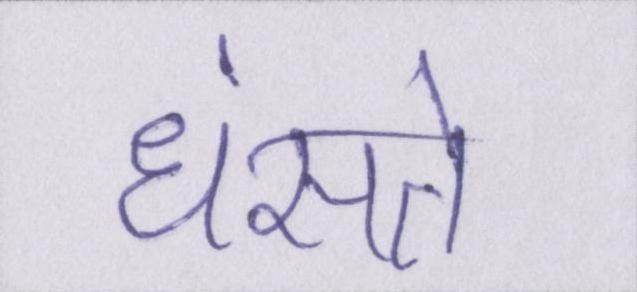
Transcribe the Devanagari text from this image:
धंसते